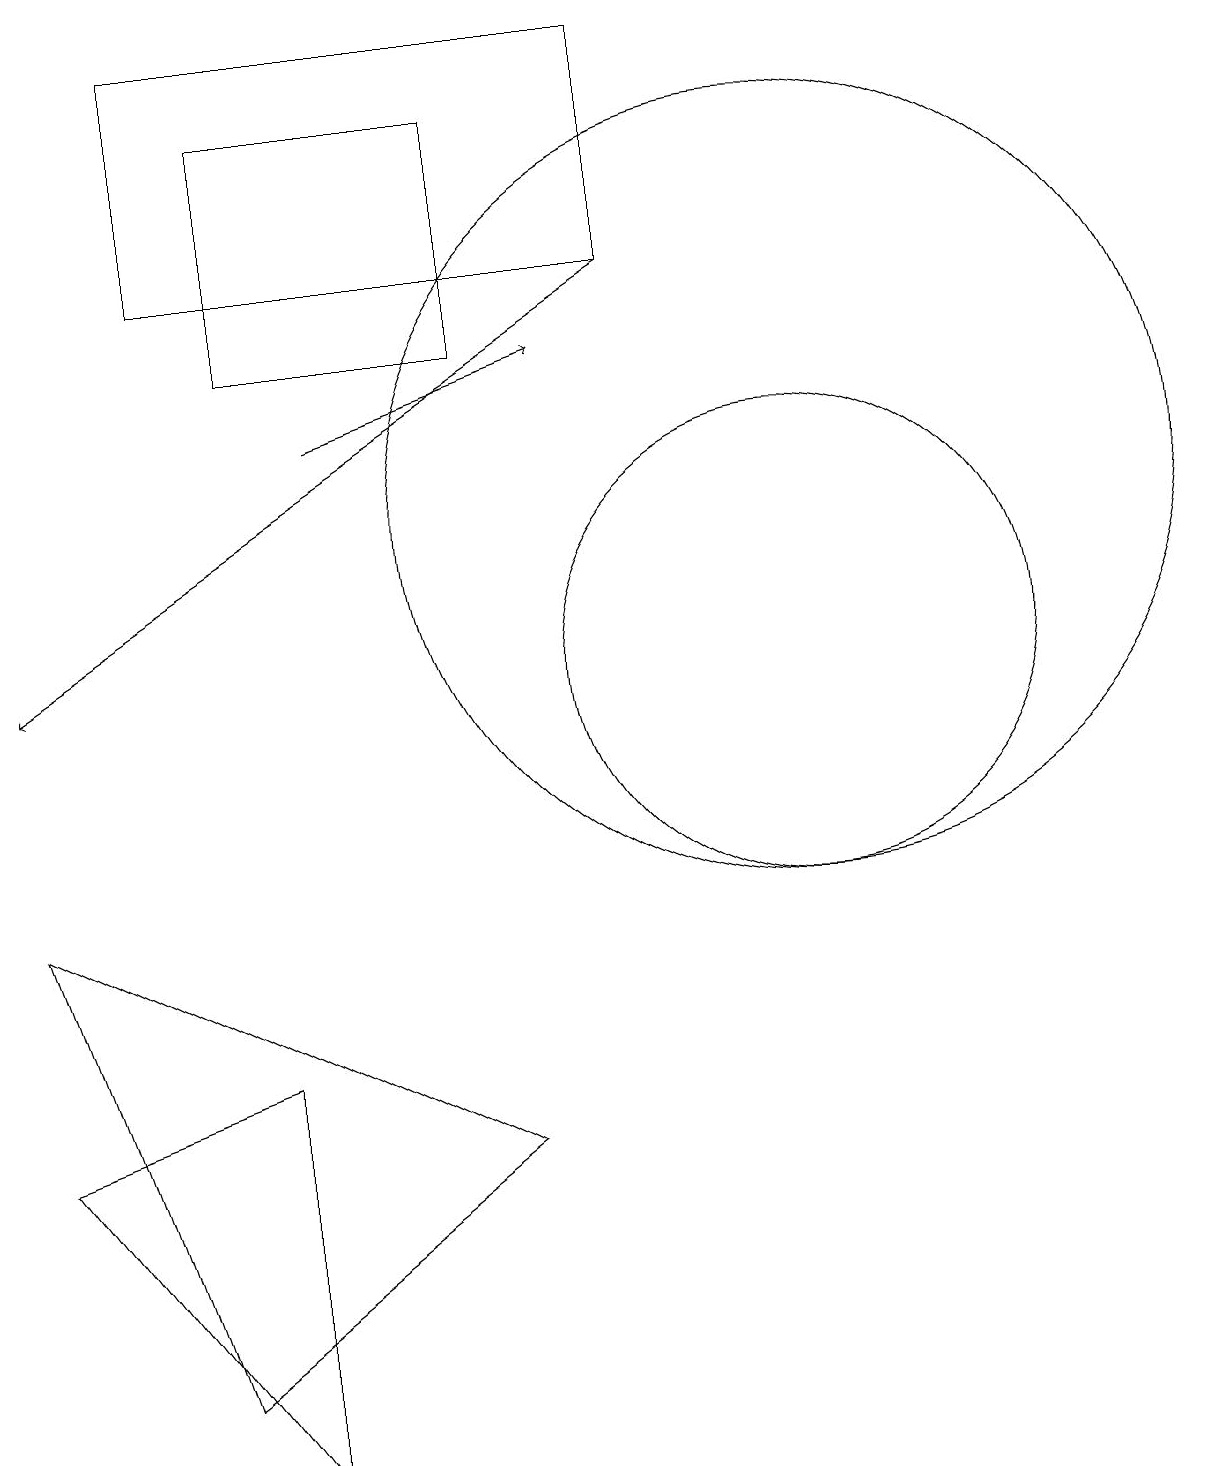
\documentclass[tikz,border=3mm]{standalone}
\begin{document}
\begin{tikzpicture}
\draw (10,10) circle (3);
\draw (3,0) -- (0,4) -- (3,5) -- cycle;
\draw (0,7) -- (6,4) -- (2,1) -- cycle;
\draw (10,12) circle (5);
\draw (8,15) rectangle (2,18);
\draw (3,17) rectangle (6,14);
\draw[->] (4,13) -- (7,14);
\draw[->] (8,15) -- (0,10);
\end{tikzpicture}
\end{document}